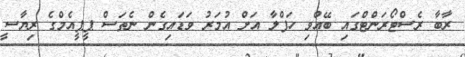
ރާބާ ރެސްޓޯރަންޓްގައި ބޭއްވި ހަފްލާ އަށް އުމަރު ވަޑައިގެން ނެތަސް ޕީޕީއެމްގެ ރިޔާސީ